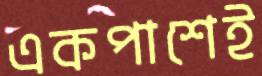
একপাশেই